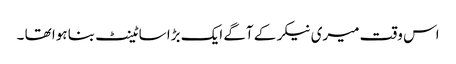
اس وقت میری نیکر کے آگے ایک بڑا سا ٹینٹ بنا ہوا تھا ۔